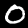
Digit: 0